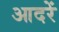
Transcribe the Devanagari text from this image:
आदरें